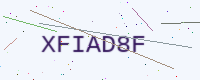
Text: XFIAD8F